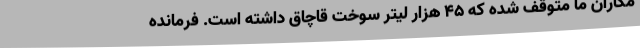
مکاران ما متوقف شده که 45 هزار لیتر سوخت قاچاق داشته است. فرمانده